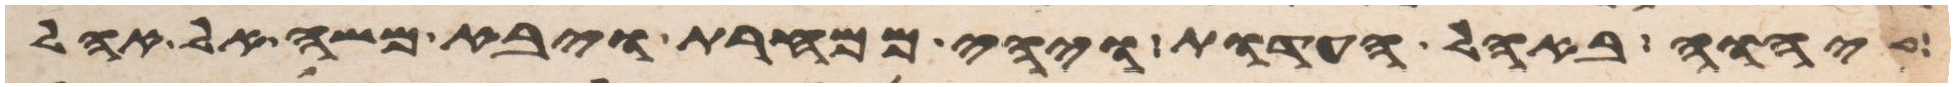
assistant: יהוה באהל העדות ויהי ממחרת ויבא משה אל אהל